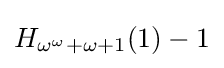
H_{\omega ^{\omega }+\omega +1}(1)-1